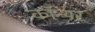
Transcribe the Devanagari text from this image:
कॉन्यर